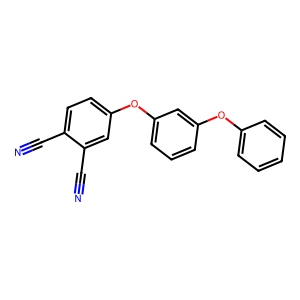
SMILES: N#Cc1ccc(Oc2cccc(Oc3ccccc3)c2)cc1C#N
Inhibits HIV replication: No